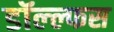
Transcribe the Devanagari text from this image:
डॉल्ल्फस